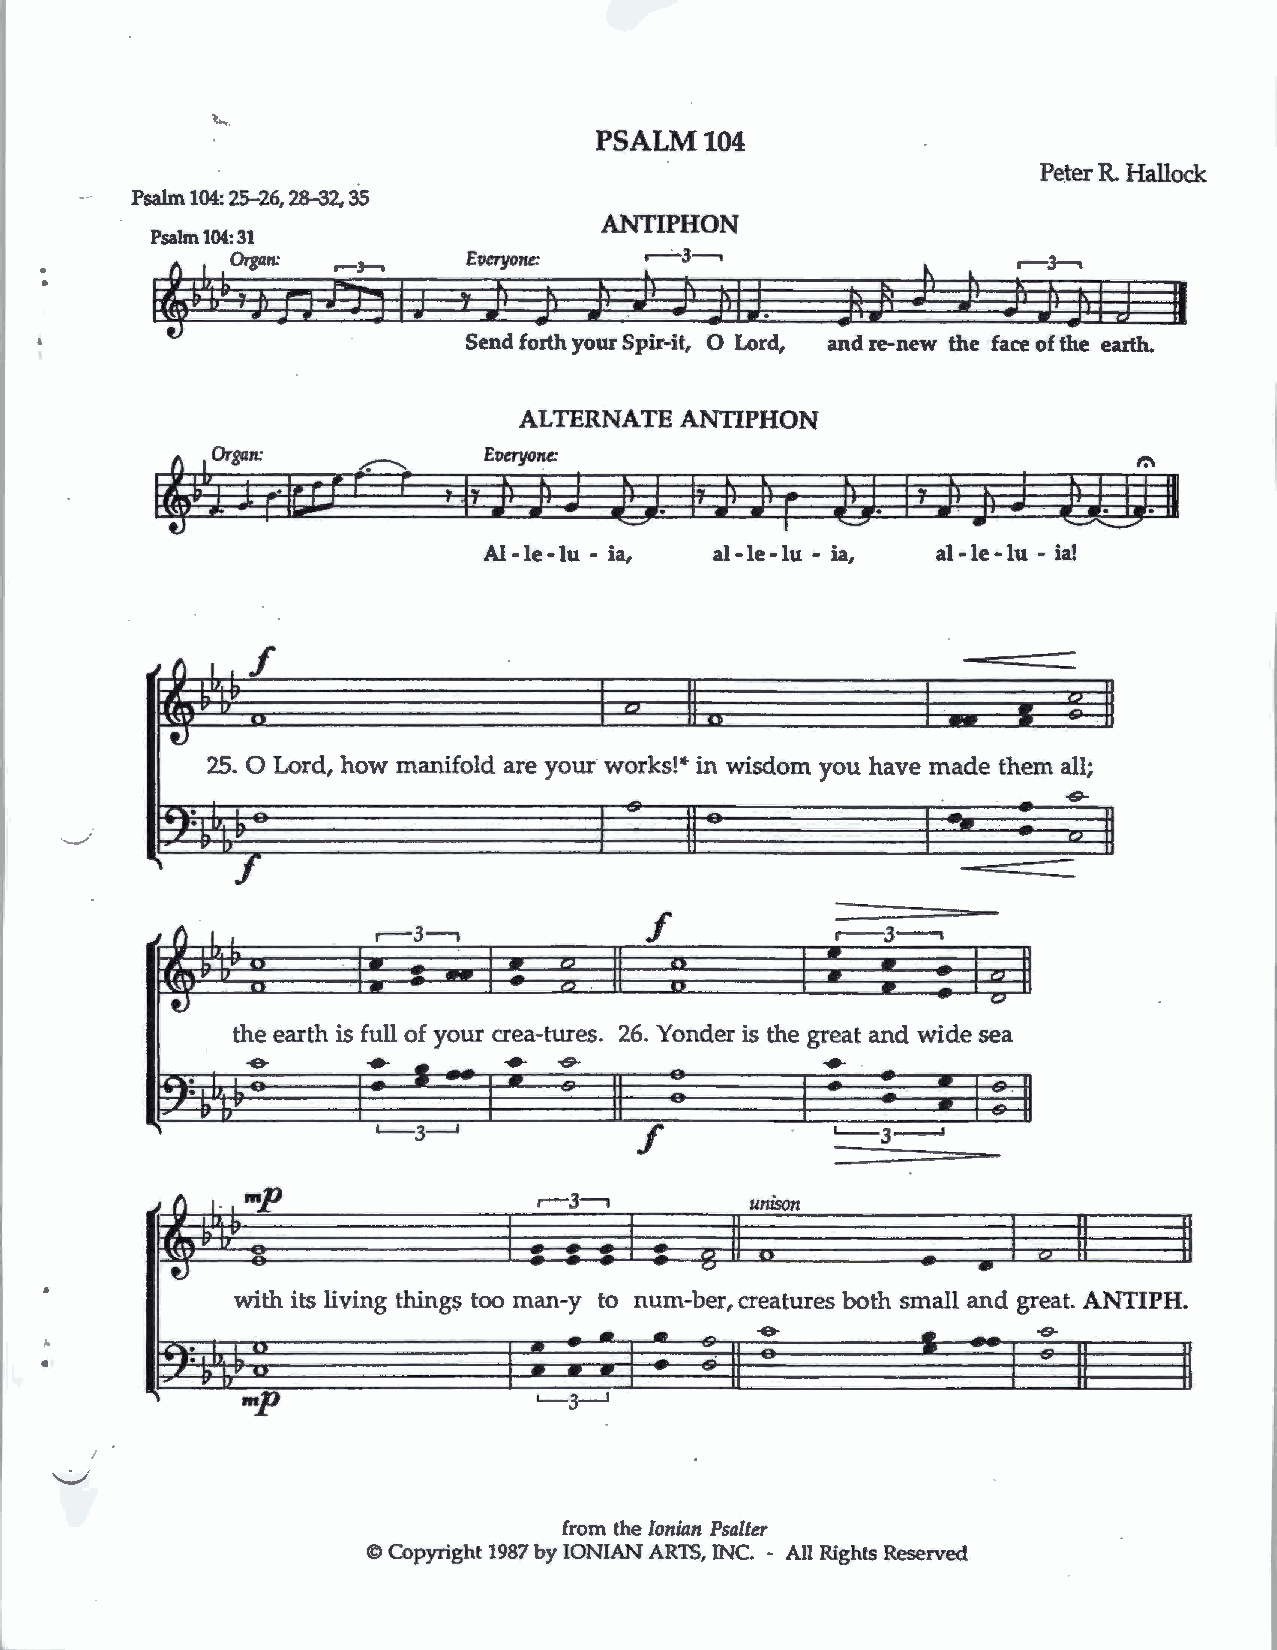
PSALM104
 Peter R. Hallock
 Psa1In104:25-26,28-32,35
 ANTIPHON
 Psalm 104: 31
 Evcryone:
 ~ ~
 •           '"-    d--,                  J  JIJ .
 ;1 Jl
 Send forth your Spir-it, 0 Lord, and re-new the face of the earth.
 ALTERNATE  ANTIPHON
 Everyone:
 I  bt;  rial
 r  r
 Al -le -lu - ia, al -le -lu - ia, al -le -lu - ia!
 f
 I ..t 'l ... I " · . I .                                 -
 • V IIv ••                    r ,J II                   -   r-, -J
 l,I                              . II ...        I
 tJ
 25. 0 Lord, how manifold are your works!* in wisdom you have made them all;
 . -·
 -
 --
 -
 -    - -6-
 -
 ...,
 I
 ••
 "k
 II,., •L.. -                                   I
 I
 --
 rJ
 '     f
 the earth is full of your crea-tures. 26. Yonder is the great and wide sea
 f
 ,--3-,
 num-ber, creatures both small and great. ANTIPH.
 -e-
 •
 from the Ionian Psalter
 ©Copyright 1987 by IONIAN ARTS, INC. - All Rights Reserved